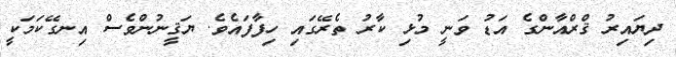
ދިޔައިރު ޤްރްއާންގެ އަޑު ވަނީ މުޅި ކާރު ތެރޭގައި ހިފާފައެވެ. ޔަޤީނުންވެސް އިނގޭކަމަކީ